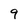
Character: 9